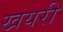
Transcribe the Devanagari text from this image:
खयरी